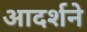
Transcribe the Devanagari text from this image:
आदर्शने